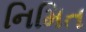
નિમિત